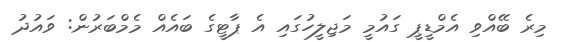
މިރެ ބޭއްވި އެމްޑީޕީ ގައުމީ މަޖިލީހުގައި އެ ޕާޓީގެ ބައެއް މެމްބަރުން: ވައުދު